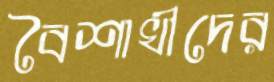
বৈশাখীদের